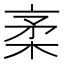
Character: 𰗭